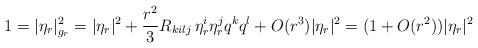
LaTeX: \begin{align*} 1= |\eta_r|_{g_r}^2 = |\eta_r|^2 + \frac{r^2}{3} R_{kilj}\, \eta_r^i \eta_r^j q^k q^l +O(r^3)|\eta_r|^2 = (1+O(r^2))|\eta_r|^2\end{align*}